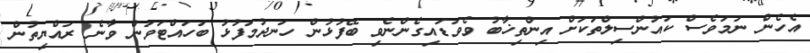
އެހެން ނަމަވެސް ކައުންސިލްތަކަށް އިންތިޚާބު ވެވަޑައިގެންނެވި ބޭފުޅުން ހަނދުމަފުޅު ބަހައްޓަވަން ވާނެ ރައްޔިތުން